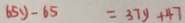
6 5 y - 6 5 = 3 7 y + 4 7